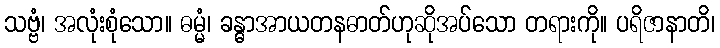
သဗ္ဗံ၊ အလုံးစုံသော။ ဓမ္မံ၊ ခန္ဓာအာယတနဓာတ်ဟုဆိုအပ်သော တရားကို။ ပရိဇာနာတိ၊